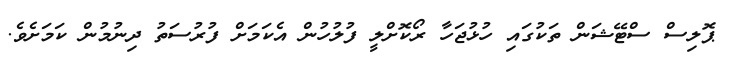
ޕޮލިސް ސްޓޭޝަން ތަކުގައި ހުޅުޖަހާ ރޯކޮށްލީ ފުލުހުން އެކަމަށް ފުރުސަތު ދިނުމުން ކަމަށެވެ.